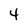
Character: 4